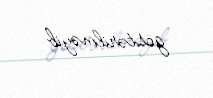
göstərilməyib.